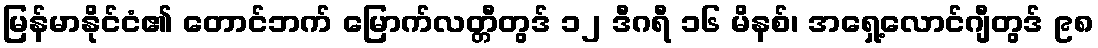
မြန်မာနိုင်ငံ၏ တောင်ဘက် မြောက်လတ္တီတွဒ် ၁၂ ဒီဂရီ ၁၆ မိနစ်၊ အရှေ့လောင်ဂျီတွဒ် ၉၈